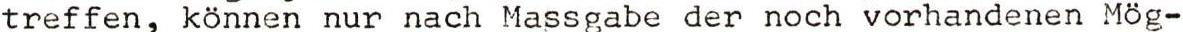
treffen, können nur nach Massgabe der noch vorhandenen Mög-